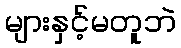
များနှင့်မတူဘဲ